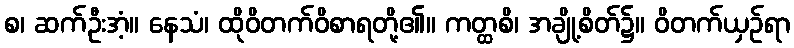
စ၊ ဆက်ဦးအံ့။ နေသံ၊ ထိုဝိတက်ဝိစာရတို့၏။ ကတ္ထစိ၊ အချို့စိတ်၌။ ဝိတက်ယှဉ်ရာ